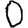
Digit: 0